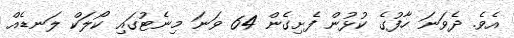
އެވެ. ދެވަނަ ހާފުގެ ކުޅުން ފެށިގެން 64 ވަނަ މިނެޓުގައި ކޯލަކް ލަނޑެއް